Report of the Bombay Veterinary College
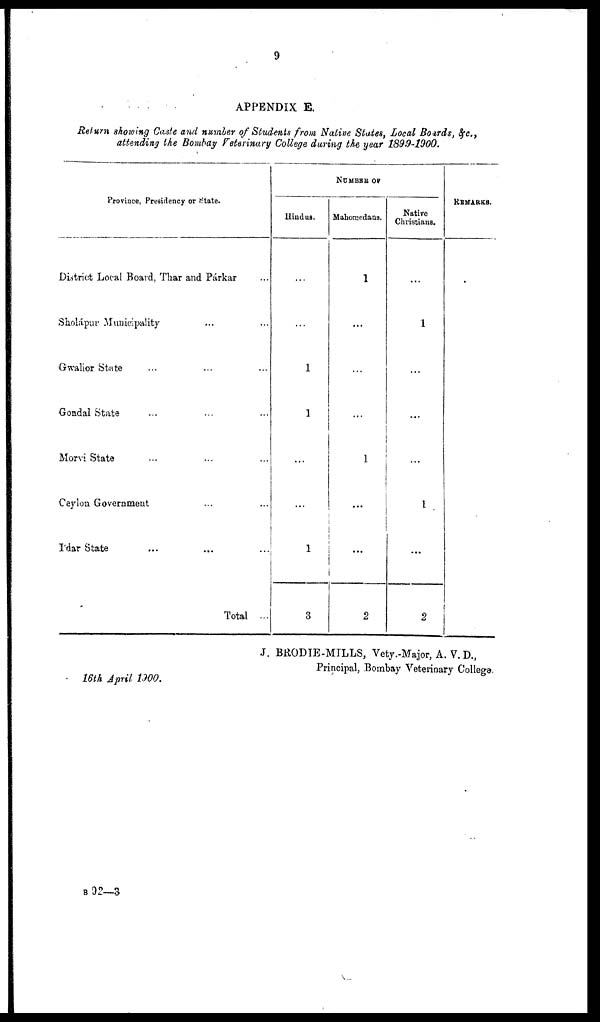
9
APPENDIX E.
Return showing Caste and number of Students from Native States, Local Boards, &c.,
attending the Bombay Veterinary College during the year 1899-1900.
Province, Presidency or State.
District Local Board, Thar and Párkar
Sholápur Municipality
Gwalior State
Gondal State
Morvi State
Ceylon Government
I'dar State
Total ...
NUMBER OF
Hindus.
...
...
1
1
...
...
1
3
Mahomedans.
1
...
...
...
1
...
...
2
Native
Christians.
...
1
...
...
...
1
...
2
REMARKS.
J. BRODIE-MILLS, Vety.-Major, A. V. D.,
Principal, Bombay Veterinary College.
16th April 1900.
B 92—3